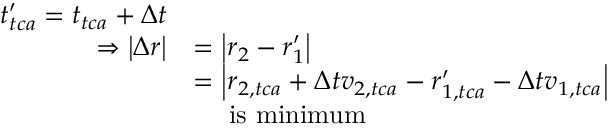
\begin{array} { r l } { t _ { t c a } ^ { \prime } = t _ { t c a } + \Delta t } \\ { \Rightarrow \left| \Delta \boldsymbol { r } \right| } & { = \left| \boldsymbol { r } _ { 2 } - \boldsymbol { r } _ { 1 } ^ { \prime } \right| } \\ & { = \left| \boldsymbol { r } _ { 2 , t c a } + \Delta t \boldsymbol { v } _ { 2 , t c a } - \boldsymbol { r } _ { 1 , t c a } ^ { \prime } - \Delta t \boldsymbol { v } _ { 1 , t c a } \right| } \\ & { \mathrm { \quad ~ i s ~ m i n i m u m } } \end{array}